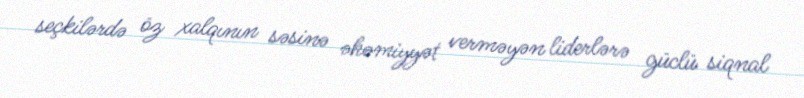
seçkilərdə öz xalqının səsinə əhəmiyyət verməyən liderlərə güclü siqnal